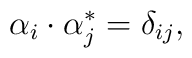
\alpha_i \cdot \alpha_j^* = \delta_{ij},